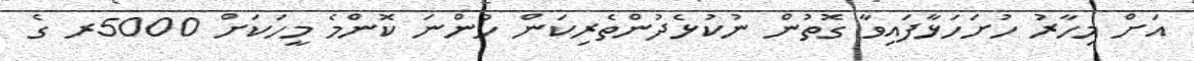
އަށް މިހާރު ހުށަހަޅާފައިވާ ގޮތުން ނުކުޅެދުންތެރިކަން ހުންނަ ކޮންމެ މީހަކަށް 5000ރ ގެ